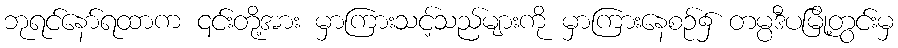
ဘုရင်နော်ရထာက ၎င်းတို့အား မှာကြားသင့်သည်များကို မှာကြားနေစဉ်၌ တမ္ပဒီပမြို့တွင်းမှ